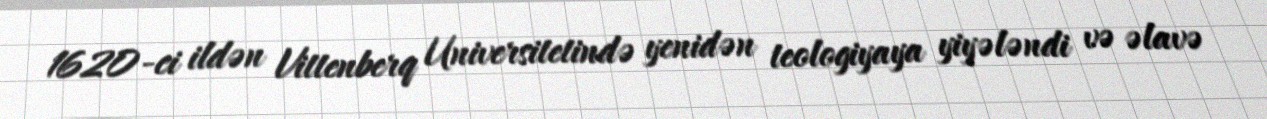
1620-ci ildən Vittenberq Universitetində yenidən teologiyaya yiyələndi və əlavə